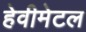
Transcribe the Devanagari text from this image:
हेवीमेटल